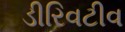
ડીરિવટીવ